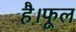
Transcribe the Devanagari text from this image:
है।फूल